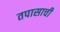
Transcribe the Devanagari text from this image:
तपासाची